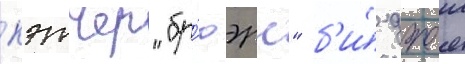
кэтчер "бр'юэрс" б'и́ джеи